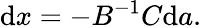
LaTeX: {\mathrm{d}}x=-B^{-1}C{\mathrm{d}}a.